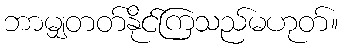
ဘာမျှတတ်နိုင်ကြသည်မဟုတ်။